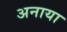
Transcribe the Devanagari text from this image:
अनाया